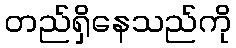
တည်ရှိနေသည်ကို